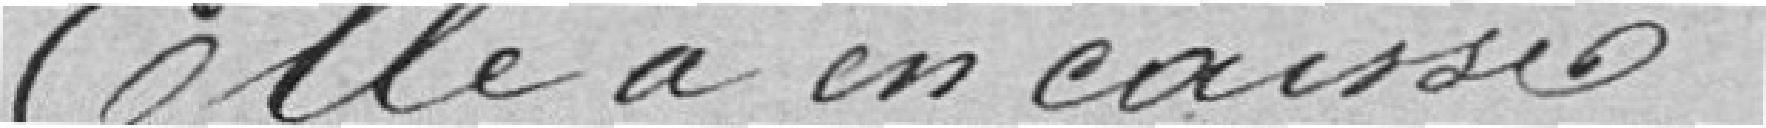
Elle a en caisse